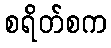
စရိတ်စက